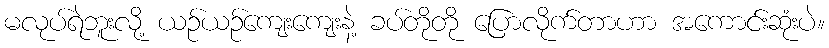
မလုပ်ရဲဘူးလို့ ယဉ်ယဉ်ကျေးကျေးနဲ့ ခပ်တိုတို ပြောလိုက်တာဟာ အကောင်းဆုံးပဲ။